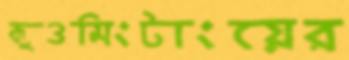
কুওমিংটাংয়ের